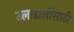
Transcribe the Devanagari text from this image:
उलाढालींसाठी